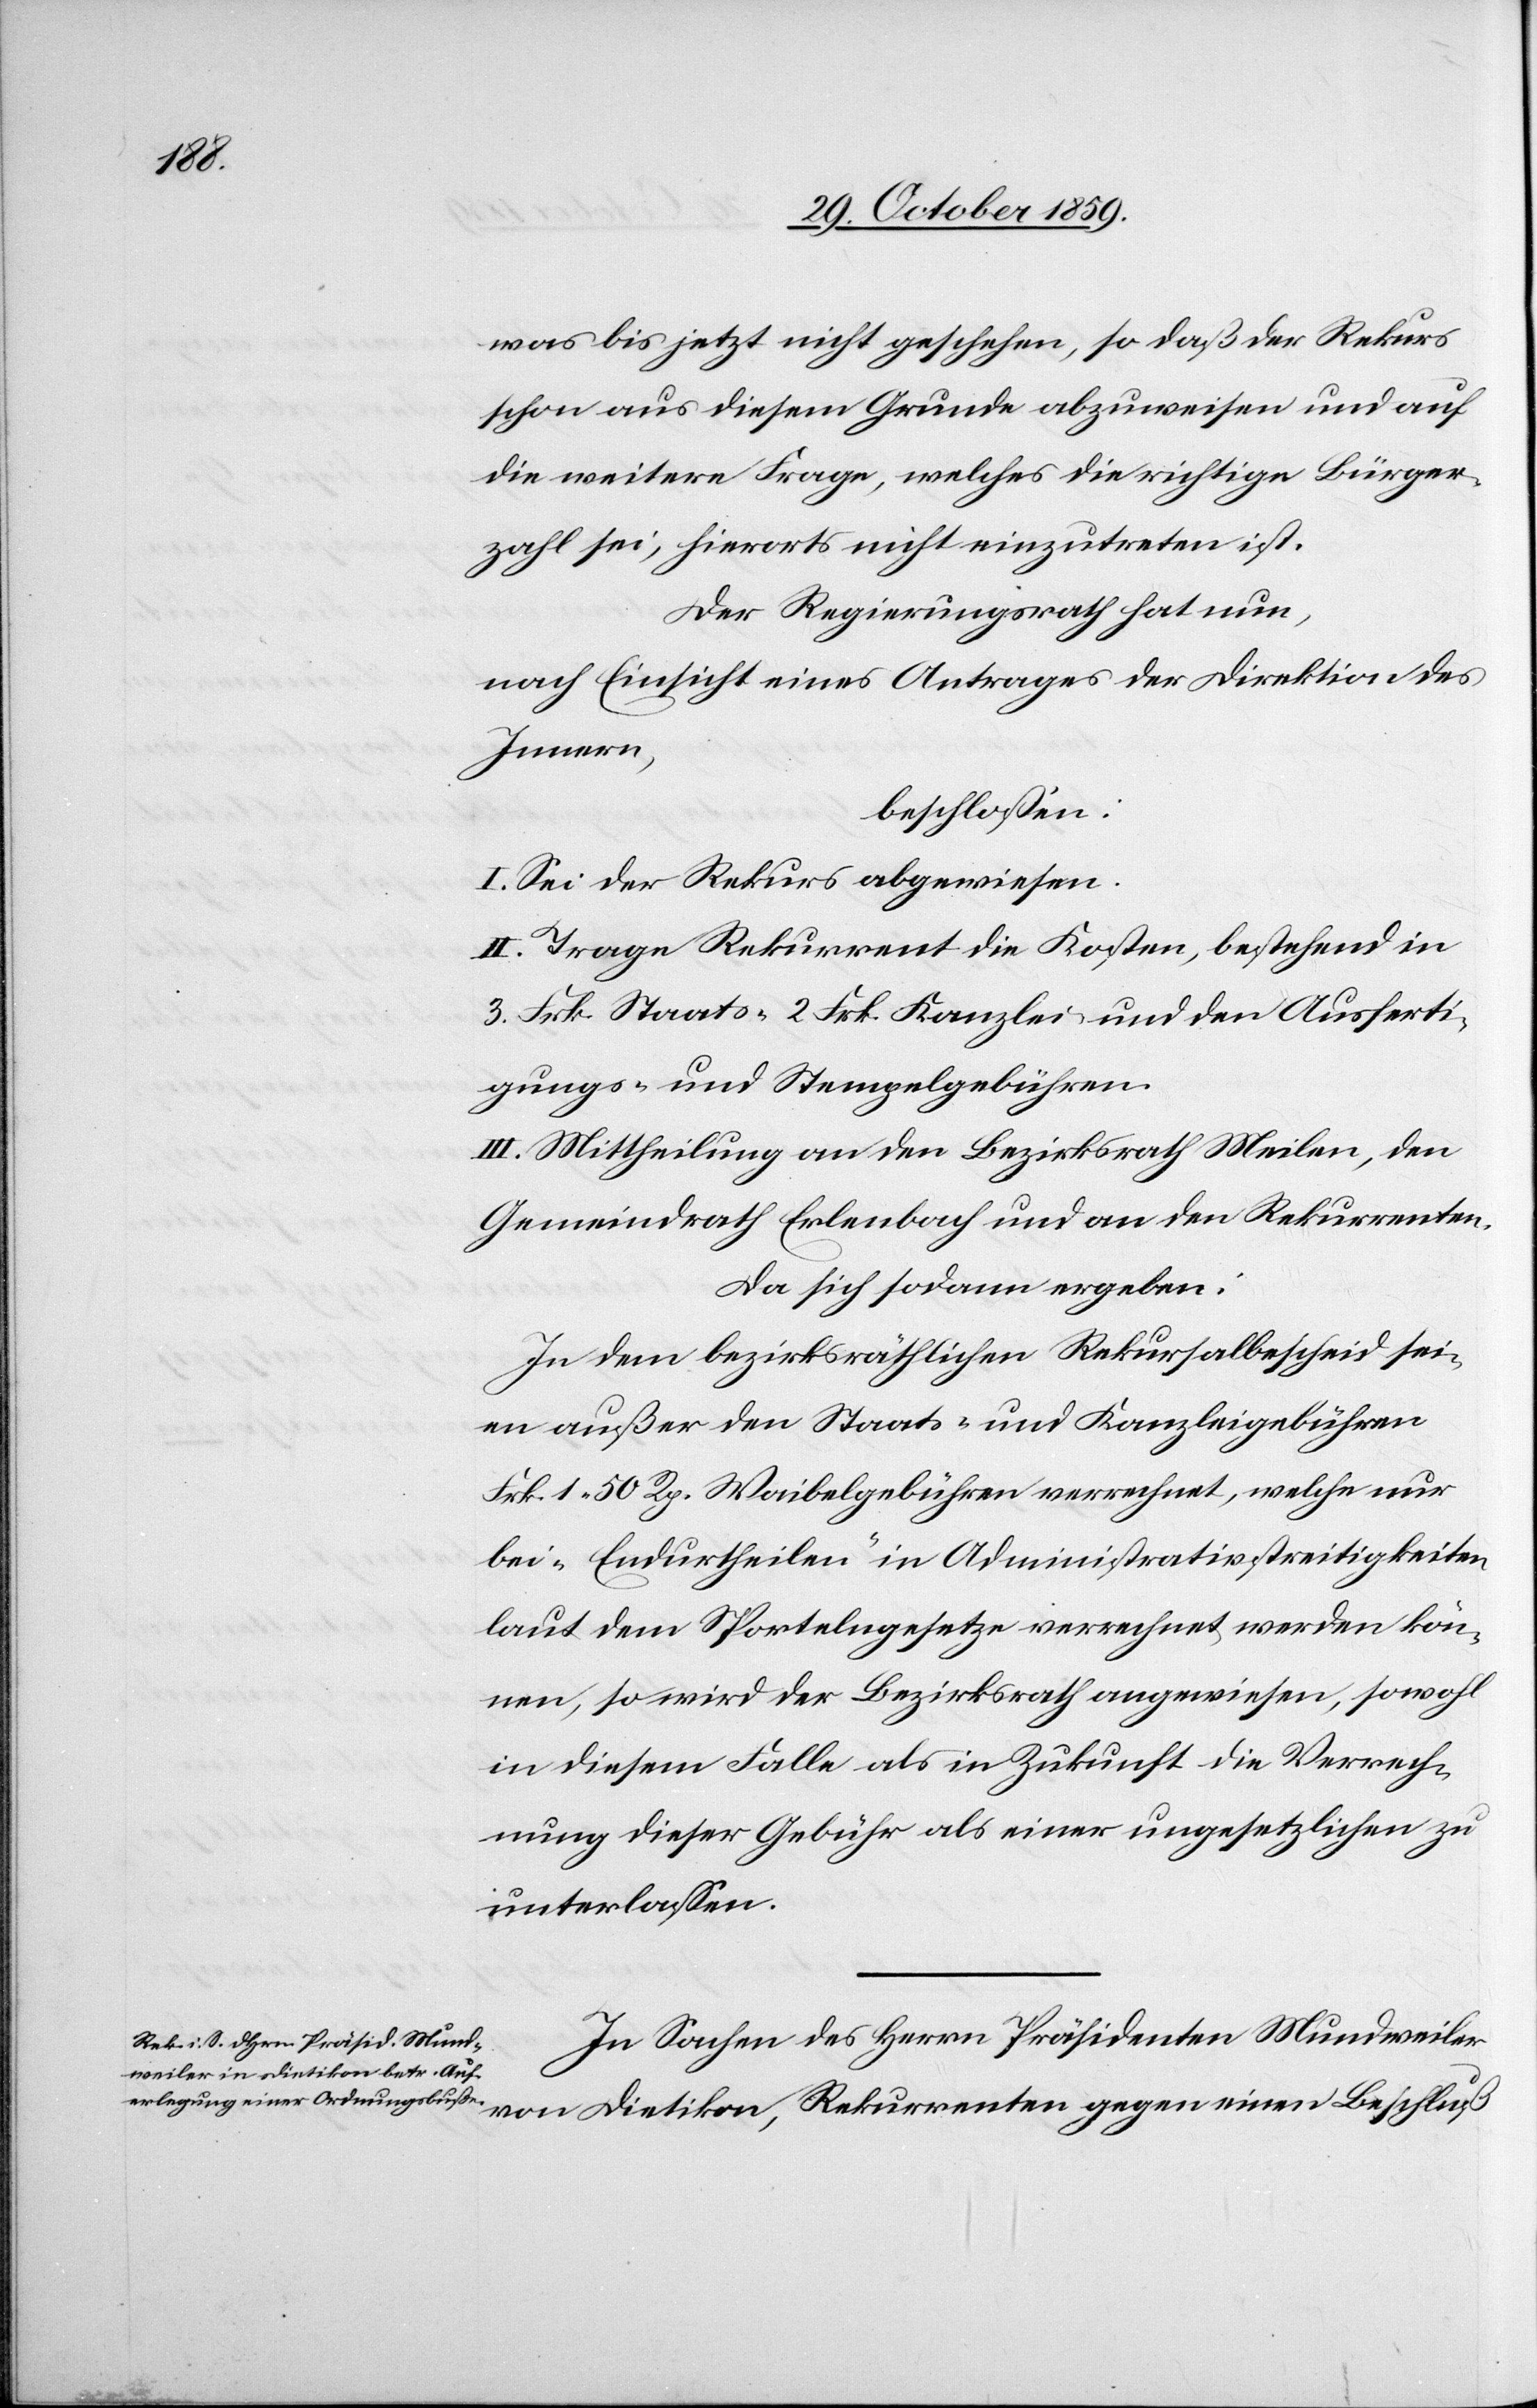
was bis jetzt nicht geschehen, so daß der Rekurs
schon aus diesem Grunde abzuweisen und auf
die weitere Frage, welches die richtige Bürger¬
zahl sei, hierorts nicht einzutreten ist.
Der Regierungsrath hat nun,
nach Einsicht eines Antrages der Direktion des
Innern,
beschlossen:
I. Sei der Rekurs abgewiesen.
II. Trage Rekurrent die Kosten, bestehend in
3. Frk. Staats- 2 Frk. Kanzlei- und den Ausferti¬
gungs- und Stempelgebühren.
III. Mittheilung an den Bezirksrath Meilen, den
Gemeindrath Erlenbach und an den Rekurrenten.
Da sich sodann ergeben:
In dem bezirksräthlichen Rekursalbescheid sei¬
en außer den Staats- und Kanzleigebühren
Frk. 1 50 Rp. Waibelgebühren verrechnet, welche nur
bei „Endurtheilen“ in Administrativstreitigkeiten
laut dem Sportelngesetze verrechnet werden kön¬
nen, so wird der Bezirksrath angewiesen, sowohl
in diesem Falle als in Zukunft die Verrech¬
nung dieser Gebühr als einer ungesetzlichen zu
unterlassen.
In Sachen des Herrn Präsidenten Mundweiler
von Dietikon, Rekurrenten gegen einen Beschluß